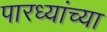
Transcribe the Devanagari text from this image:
पारध्यांच्या